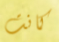
كانت